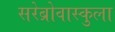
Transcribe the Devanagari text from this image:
सरेब्रोवास्कुला